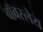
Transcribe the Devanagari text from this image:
बॉबस्लेय